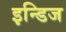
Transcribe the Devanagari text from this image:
इन्डिज